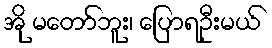
အို မတော်ဘူး၊ ပြောရဦးမယ်